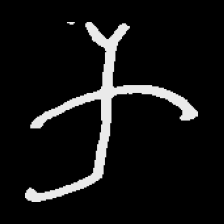
Pyu character \u2014 Myanmar letter: က (romanized: ka)